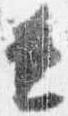
兼